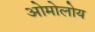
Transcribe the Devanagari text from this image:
ओमोलोय